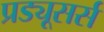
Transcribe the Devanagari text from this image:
प्रड्यूसर्स